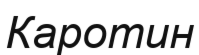
Каротин